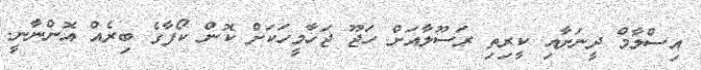
އިސްލާމް ދީނަށާއި ކީރިތި ރަސޫލާއަށް ހަޖޫ ޖަހާމީހަކަށް ކޮން ކޯފާގެ ބިރެއް އޮންނާނީ.